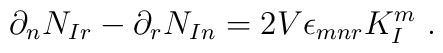
\partial_n N_{Ir} - \partial_r N_{In} = 2 V \epsilon_{mnr} K_I^m \ .